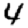
Digit: 4